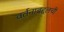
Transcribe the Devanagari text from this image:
वर्तनाबद्दलची